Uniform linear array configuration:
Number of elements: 16
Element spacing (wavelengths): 0.75
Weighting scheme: uniform
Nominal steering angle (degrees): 15
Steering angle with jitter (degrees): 14.384
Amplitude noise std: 0.05
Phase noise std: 0.05

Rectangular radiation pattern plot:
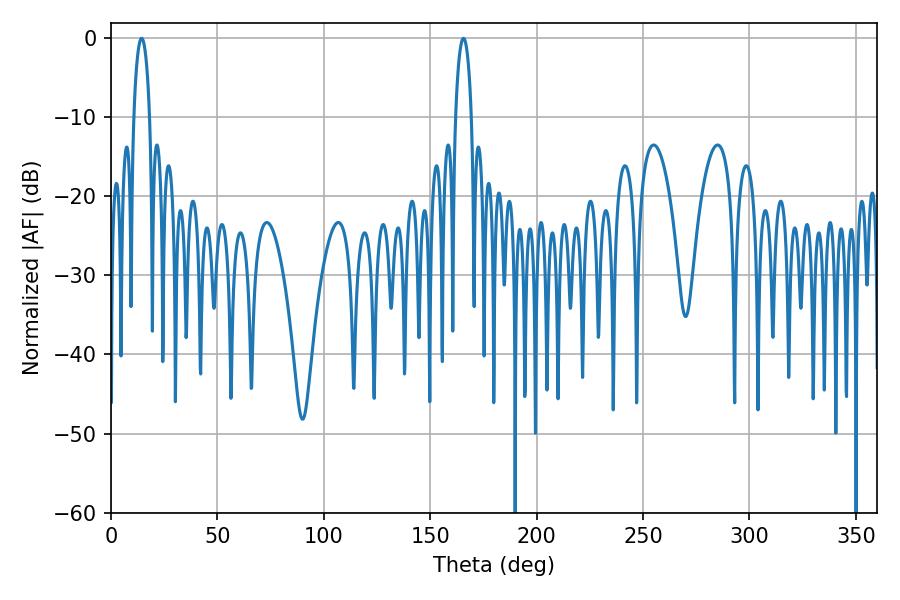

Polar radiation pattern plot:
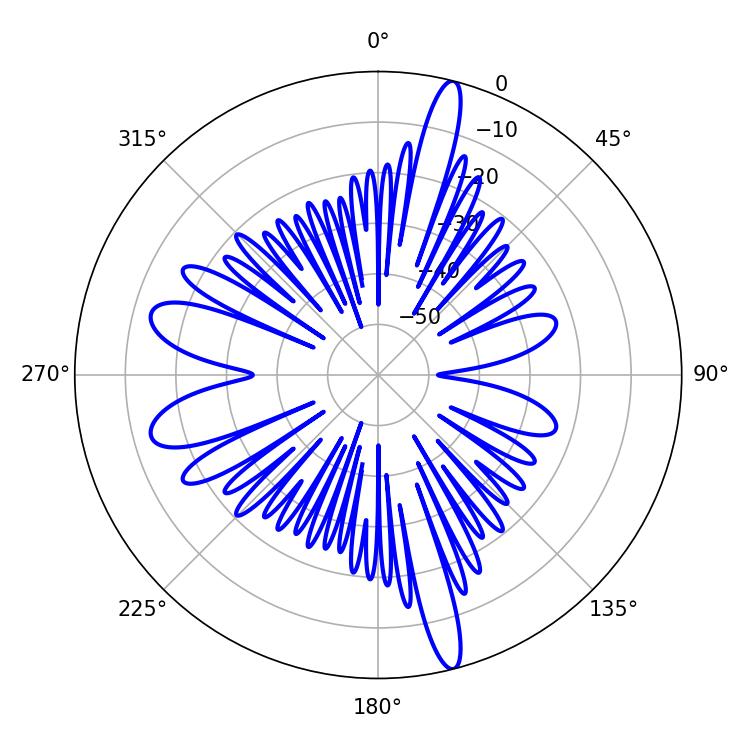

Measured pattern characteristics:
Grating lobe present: TRUE
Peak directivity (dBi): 19.08
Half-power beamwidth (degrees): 4.32
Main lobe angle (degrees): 14.4